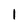
Character: 1